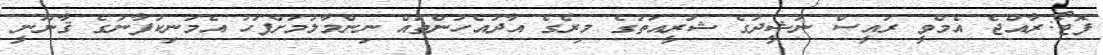
ފޮޓޯ:ރާއްޖެ އެމްވީ ރައީސް ނަޝީދުގެ ޝަރީއަތުގެ މިރެގެ އާދުއެހުންތައް ނިންމާލުމަށްފަހު އެމަނިކުފާނުގެ ޤާނޫނީ